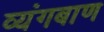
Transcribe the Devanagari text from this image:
व्यंगबाण